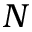
N